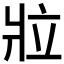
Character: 𬌁